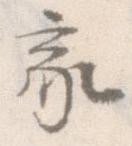
家